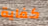
كفاية